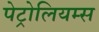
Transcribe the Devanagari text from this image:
पेट्रोलियम्स